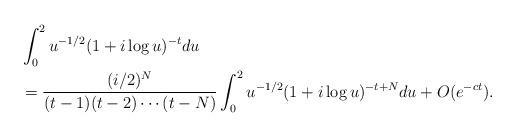
LaTeX: \begin{align*}&\int_0^2 u^{-1/2}(1+i\log u)^{-t} du \\&= \frac{(i/2)^N}{(t-1)(t-2)\cdots(t-N)} \int_0^2 u^{-1/2}(1+i\log u)^{-t+N}du + O(e^{-ct}).\end{align*}